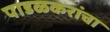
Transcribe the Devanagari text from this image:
पाडळकरांचा